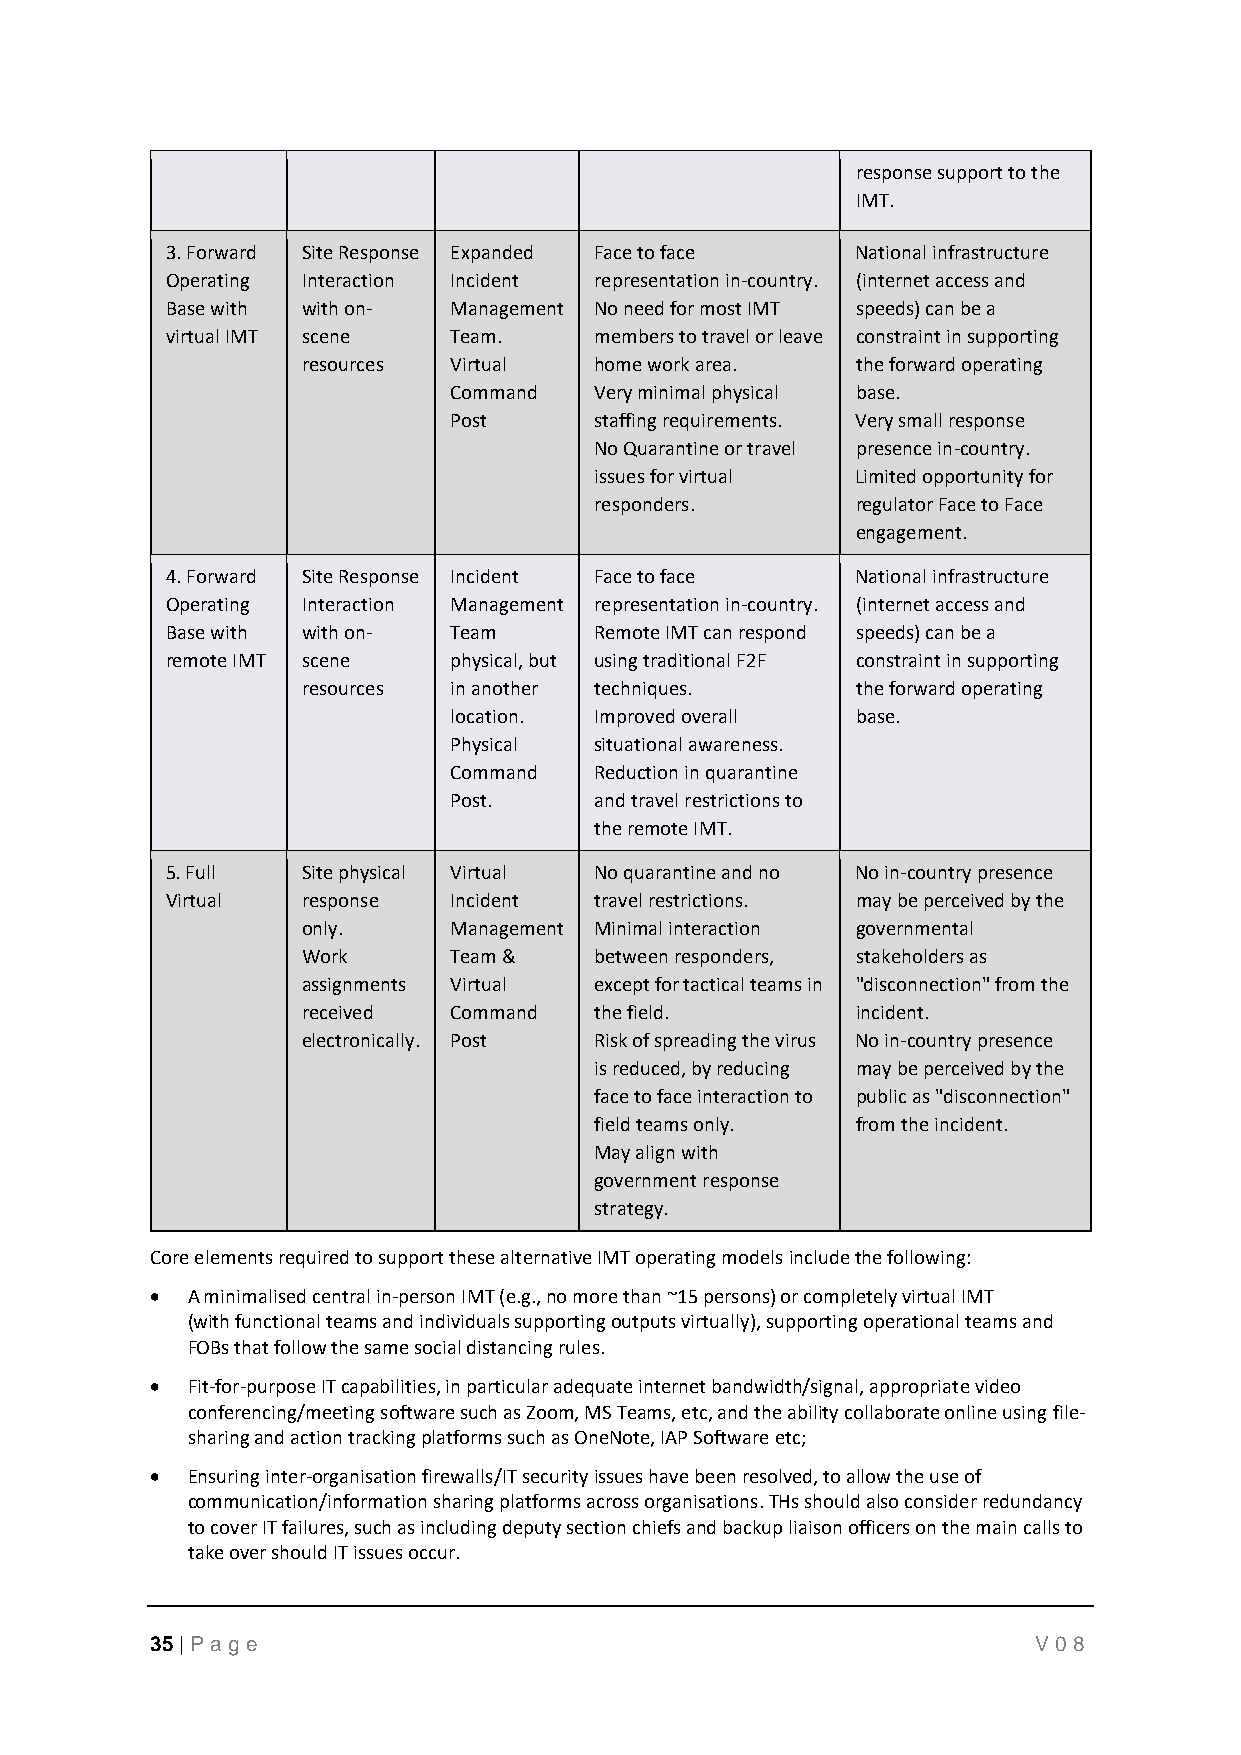
response support to the
 IMT.
 3. Forward Site Response Expanded Face to face National infrastructure
 Operating Interaction Incident representation in-country. (internet access and
 Base with with on- Management No need for most IMT speeds) can be a
 virtual IMT scene  Team.    members to travel or leave constraint in supporting
 resources Virtual  home work area.   the forward operating
 Command  Very minimal physical base.
 Post     staffing requirements. Very small response
 No Quarantine or travel presence in-country.
 issues for virtual Limited opportunity for
 responders.       regulator Face to Face
 engagement.
 4. Forward Site Response Incident Face to face National infrastructure
 Operating Interaction Management representation in-country. (internet access and
 Base with with on- Team     Remote IMT can respond speeds) can be a
 remote IMT scene   physical, but using traditional F2F constraint in supporting
 resources in another techniques.     the forward operating
 location. Improved overall base.
 Physical situational awareness.
 Command  Reduction in quarantine
 Post.    and travel restrictions to
 the remote IMT.
 5. Full  Site physical Virtual No quarantine and no No in-country presence
 Virtual  response  Incident travel restrictions. may be perceived by the
 only.     Management Minimal interaction governmental
 Work      Team &   between responders, stakeholders as
 assignments Virtual except for tactical teams in "disconnection" from the
 received  Command  the field.        incident.
 electronically. Post Risk of spreading the virus No in-country presence
 is reduced, by reducing may be perceived by the
 face to face interaction to public as "disconnection"
 field teams only. from the incident.
 May align with
 government response
 strategy.
 Core elements required to support these alternative IMT operating models include the following:
 • A minimalised central in-person IMT (e.g., no more than ~15 persons) or completely virtual IMT
 (with functional teams and individuals supporting outputs virtually), supporting operational teams and
 FOBs that follow the same social distancing rules.
 • Fit-for-purpose IT capabilities, in particular adequate internet bandwidth/signal, appropriate video
 conferencing/meeting software such as Zoom, MS Teams, etc, and the ability collaborate online using file-
 sharing and action tracking platforms such as OneNote, IAP Software etc;
 • Ensuring inter-organisation firewalls/IT security issues have been resolved, to allow the use of
 communication/information sharing platforms across organisations. THs should also consider redundancy
 to cover IT failures, such as including deputy section chiefs and backup liaison officers on the main calls to
 take over should IT issues occur.
 35 | P age                                                 V08